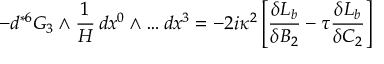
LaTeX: - d { } ^ { * 6 } G _ { 3 } \wedge \frac { 1 } { H } \, d x ^ { 0 } \wedge \dots d x ^ { 3 } = - 2 i \kappa ^ { 2 } \left[ \frac { \delta { \cal { L } } _ { b } } { \delta B _ { 2 } } - \tau \frac { \delta { \cal { L } } _ { b } } { \delta C _ { 2 } } \right]